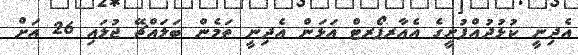
އެދިނީ ކުޅުދުއްފުށީގެ އެއާރޕޯރޓް އަޅަން އެދިނީ ތަމެން ބަލައްޗޭ ޖުލައި 26 އަށް